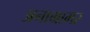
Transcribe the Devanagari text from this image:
अनाग्रामर